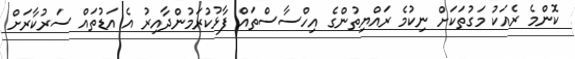
ކޮންމެ ރެއަކު މަގުތަކަށް ނިކުމެ ރައްޔިތުންގެ އިހްސާސްތައް ފާޅުކުރަމުންދާއިރު އެ އަޑުތައް ސަރުކާރަށް